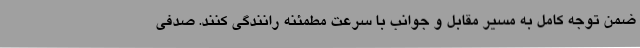
ضمن توجه کامل به مسیر مقابل و جوانب با سرعت مطمئنه رانندگی کنند. صدفی